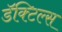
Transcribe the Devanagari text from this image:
डॅक्टिल्स